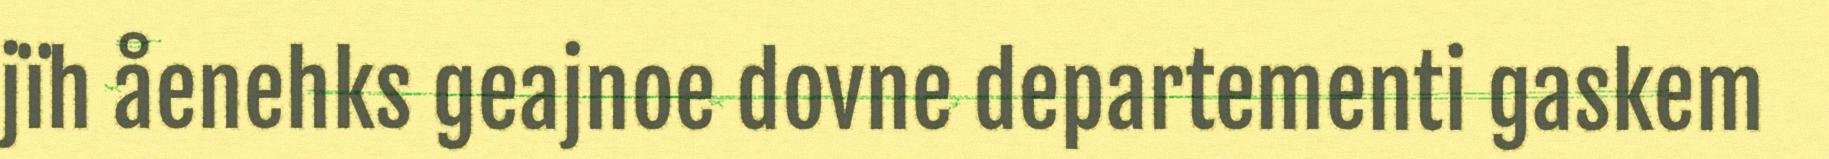
jïh åenehks geajnoe dovne departementi gaskem